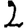
Digit: 2